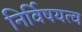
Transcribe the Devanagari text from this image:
निर्विषयत्व